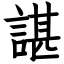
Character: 諶